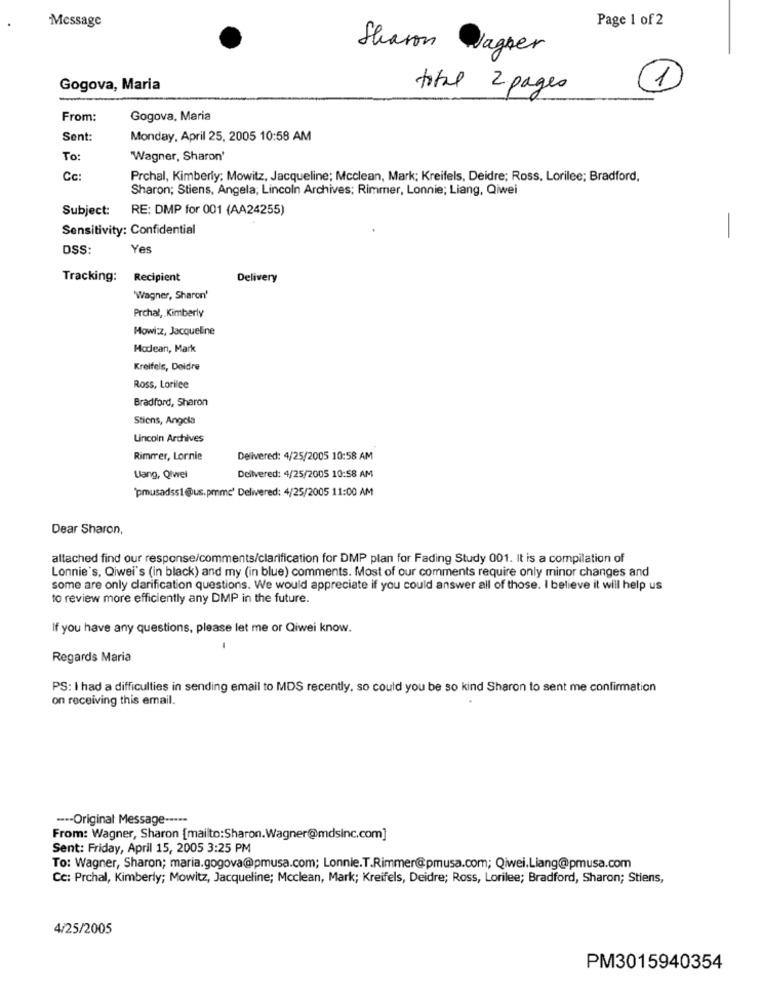
Message
Page 1 of 2
Sharon
Vagner
Gogova, Maria
total 2 pages
1
From:
Gogova, Maria
Sent:
Monday, April 25, 2005 10:58 AM
To:
'Wagner, Sharon'
Cc:
Prchal, Kimberly; Mowitz, Jacqueline; Mcclean, Mark; Kreifels, Deidre; Ross, Lorilee; Bradford,
Sharon; Stiens, Angela; Lincoln Archives; Rimmer, Lonnie; Liang, Qiwei
Subject:
RE: DMP for 001 (AA24255)
Sensitivity: Confidential
-
OSS:
Yes
Tracking:
Recipient
Delivery
'Wagner, Sharon'
Prchal, Kimberly
Mowi:z, Jacqueline
Modean, Mark
Kreifels, Deidre
Ross, Lorilee
Bradford, Sharon
Stiens, Angela
Lincoln Archives
Rimmer, Lornie
Delivered: 4/25/2005 10:58 AM
Ulang, Qiwel
Delivered: 4/25/2005 10:58 AM
"pmusadss1@us.pmmc' Delivered: 4/25/2005 11:00 AM
Dear Sharon,
altached find our response/comments/clarification for DMP plan for Fading Study 001. It is a compilation of
Lonnie's, Qiwei's (in black) and my (in blue) comments. Most of our comments require only minor changes and
some are only clarification questions. We would appreciate if you could answer all of those. I believe it will help us
to review more efficiently any DMP in the future.
If you have any questions, please let me or Qiwei know.
Regards Maria
PS: I had a difficulties in sending email to MDS recently, so could you be so kind Sharon to sent me confirmation
on receiving this email.
---- Original Message -----
From: Wagner, Sharon [mailto:Sharon.Wagner@mdsinc.com]
Sent: Friday, April 15, 2005 3:25 PM
To: Wagner, Sharon; maria.gogova@pmusa.com; Lonnie.T.Rimmer@pmusa.com; Qiwei.Liang@pmusa.com
Cc: Prchal, Kimberly; Mowitz, Jacqueline; Mcclean, Mark; Kreifels, Deidre; Ross, Lorilee; Bradford, Sharon; Stiens,
4/25/2005
PM3015940354